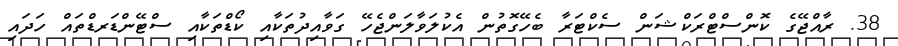
38. ރާއްޖޭގެ ކޮންސްޓްރަކްޝަން ސެކްޓަރާ ބެހޭގޮތުން އެކުލަވާލަންޖެހޭ ގަވާއިދުތަކާއި ކޯޑްތަކާއި ސްޓޭންޑަރޑްތައް ހަދައި